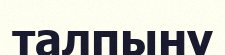
талпыну